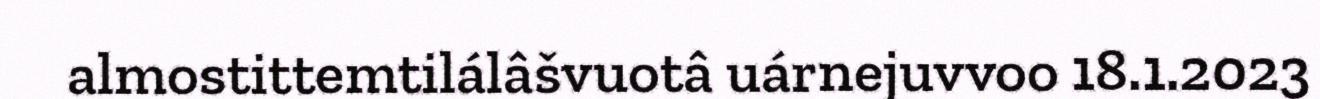
almostittemtilálâšvuotâ uárnejuvvoo 18.1.2023